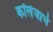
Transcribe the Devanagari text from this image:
कॉलेजाचे